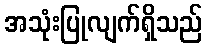
အသုံးပြုလျက်ရှိသည်